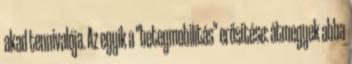
akad tennivalója. Az egyik a "betegmobilitás" erősítése: átmegyek abba